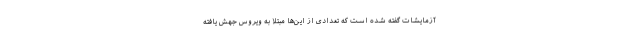
آزمایشات گفته شده است که تعدادی از این‌ها مبتلا به ویروس جهش یافته